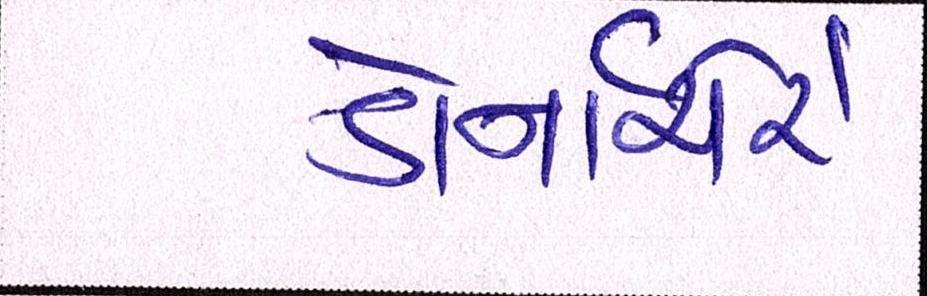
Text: ડોર્નાચેરે